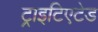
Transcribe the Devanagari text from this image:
ट्राइटिएटेड